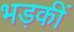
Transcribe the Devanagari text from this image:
भड़कीं